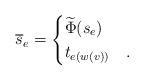
LaTeX: \begin{align*}\overline{ s}_e = \begin{cases}\widetilde{\Phi} ( s_e ) & \\t_{e( w(v) )} &. \end{cases}\end{align*}